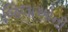
જિલાઓની